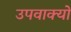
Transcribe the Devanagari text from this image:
उपवाक्यों